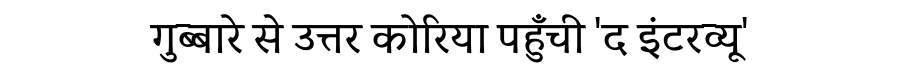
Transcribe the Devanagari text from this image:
गुब्बारे से उत्तर कोरिया पहुँची 'द इंटरव्यू'